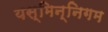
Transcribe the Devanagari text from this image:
यस्मिन्निगम